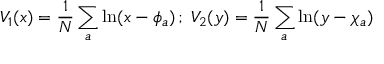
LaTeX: V _ { 1 } ( x ) = \frac { 1 } { N } \sum _ { a } \ln ( x - \phi _ { a } ) \, ; \; V _ { 2 } ( y ) = \frac { 1 } { N } \sum _ { a } \ln ( y - \chi _ { a } )